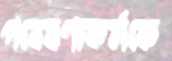
গবেষণাকর্মকে